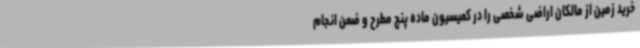
خرید زمین از مالکان اراضی شخصی را در کمیسیون ماده پنج مطرح و ضمن انجام